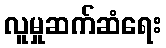
လူမှုဆက်ဆံရေး